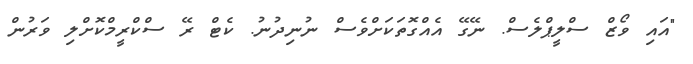
"އައި ވޯޒް ސްލީޕްލެސް. ނޭގޭ އެއްގޮތަކަށްވެސް ނުނިދުނު. ކެޓް ރޭ ސްކްރީމްކޮށްލި ވަރުން